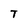
Character: T